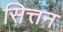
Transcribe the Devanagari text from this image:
सित्तन